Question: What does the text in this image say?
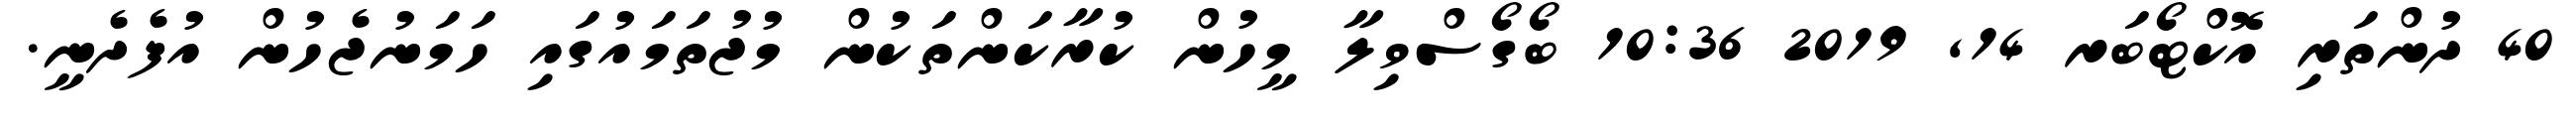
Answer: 40 ދުންތަރި އޮކްޓޯބަރ 14, 2019 10:36 ބޯގޯސްވިލާ މީހުން ކުރާކަންތަކުން މުޖުތަމައުގައި ހަމަނުޖެހުން އުފެދެނީ.